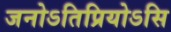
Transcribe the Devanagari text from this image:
जनोऽतिप्रियोऽसि